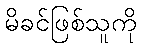
မိခင်ဖြစ်သူကို